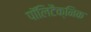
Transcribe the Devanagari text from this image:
पॉलिटैक्निक